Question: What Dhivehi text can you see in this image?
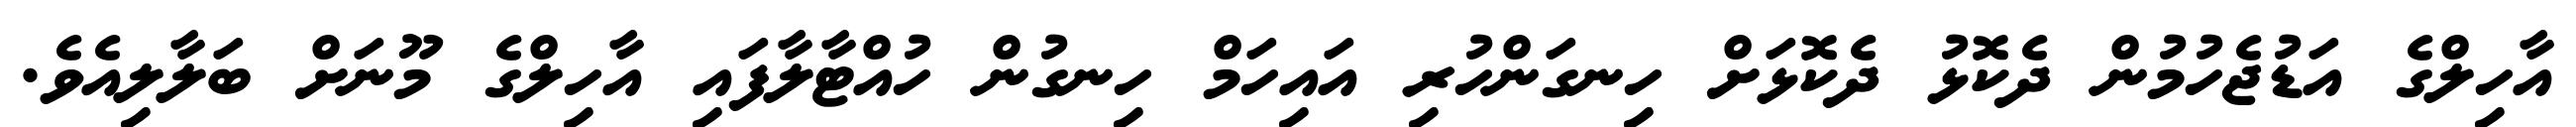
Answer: އާހިލްގެ އަޑުޖެހުމުން ދެކޮޅު ދެކޮޅަށް ހިނގަންހުރި އައިހަމް ހިނގުން ހުއްޓާލާފައި އާހިލްގެ މޫނަށް ބަލާލިއެވެ.